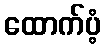
ထောက်ပံ့